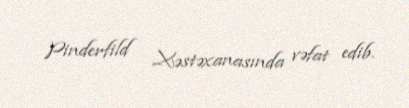
Pinderfild Xəstəxanasında vəfat edib.